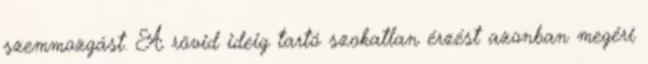
szemmozgást. A rövid ideig tartó szokatlan érzést azonban megéri